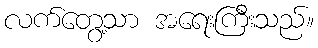
လက်တွေ့သာ အရေးကြီးသည်။